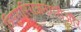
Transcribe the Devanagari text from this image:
त्रिपुरारिराजनगरीऔर